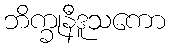
ဘိက္ခုနီဒူသကော